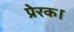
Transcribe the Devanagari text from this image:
प्रेरक।